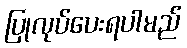
ပြုလုပ်ပေးရပါမည်